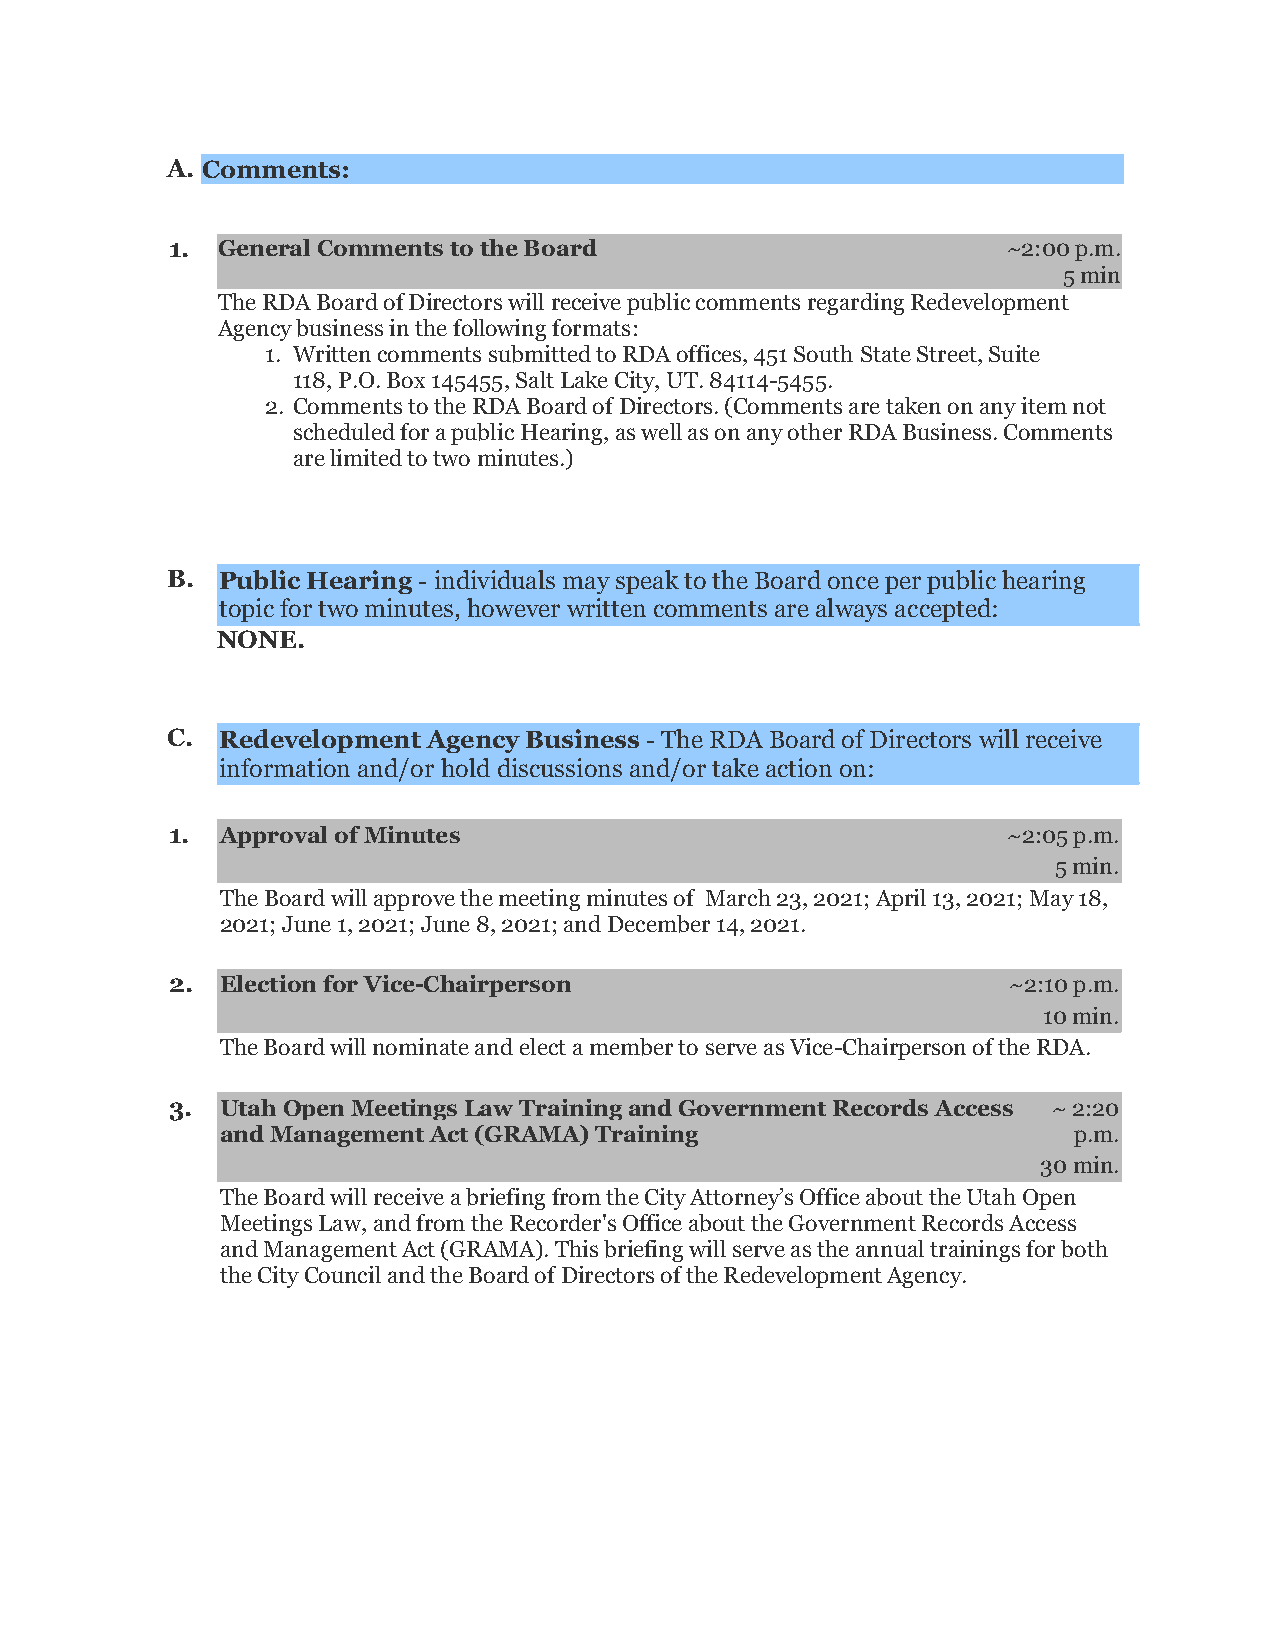
A. Comments:
 1. General Comments to the Board                        ~2:00 p.m.
 5 min
 The RDA Board of Directors will receive public comments regarding Redevelopment
 Agency business in the following formats:
 1. Written comments submitted to RDA offices, 451 South State Street, Suite
 118, P.O. Box 145455, Salt Lake City, UT. 84114-5455.
 2. Comments to the RDA Board of Directors. (Comments are taken on any item not
 scheduled for a public Hearing, as well as on any other RDA Business. Comments
 are limited to two minutes.)
 B. Public Hearing - individuals may speak to the Board once per public hearing
 topic for two minutes, however written comments are always accepted:
 NONE.
 C. Redevelopment Agency Business - The RDA Board of Directors will receive
 information and/or hold discussions and/or take action on:
 1.  Approval of Minutes                                 ~2:05 p.m.
 5 min.
 The Board will approve the meeting minutes of March 23, 2021; April 13, 2021; May 18,
 2021; June 1, 2021; June 8, 2021; and December 14, 2021.
 2.  Election for Vice-Chairperson                       ~2:10 p.m.
 10 min.
 The Board will nominate and elect a member to serve as Vice-Chairperson of the RDA.
 3.  Utah Open Meetings Law Training and Government Records Access ~ 2:20
 and Management Act (GRAMA) Training                     p.m.
 30 min.
 The Board will receive a briefing from the City Attorney’s Office about the Utah Open
 Meetings Law, and from the Recorder's Office about the Government Records Access
 and Management Act (GRAMA). This briefing will serve as the annual trainings for both
 the City Council and the Board of Directors of the Redevelopment Agency.